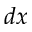
d x